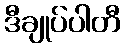
ဒီချုပ်ပါတီ